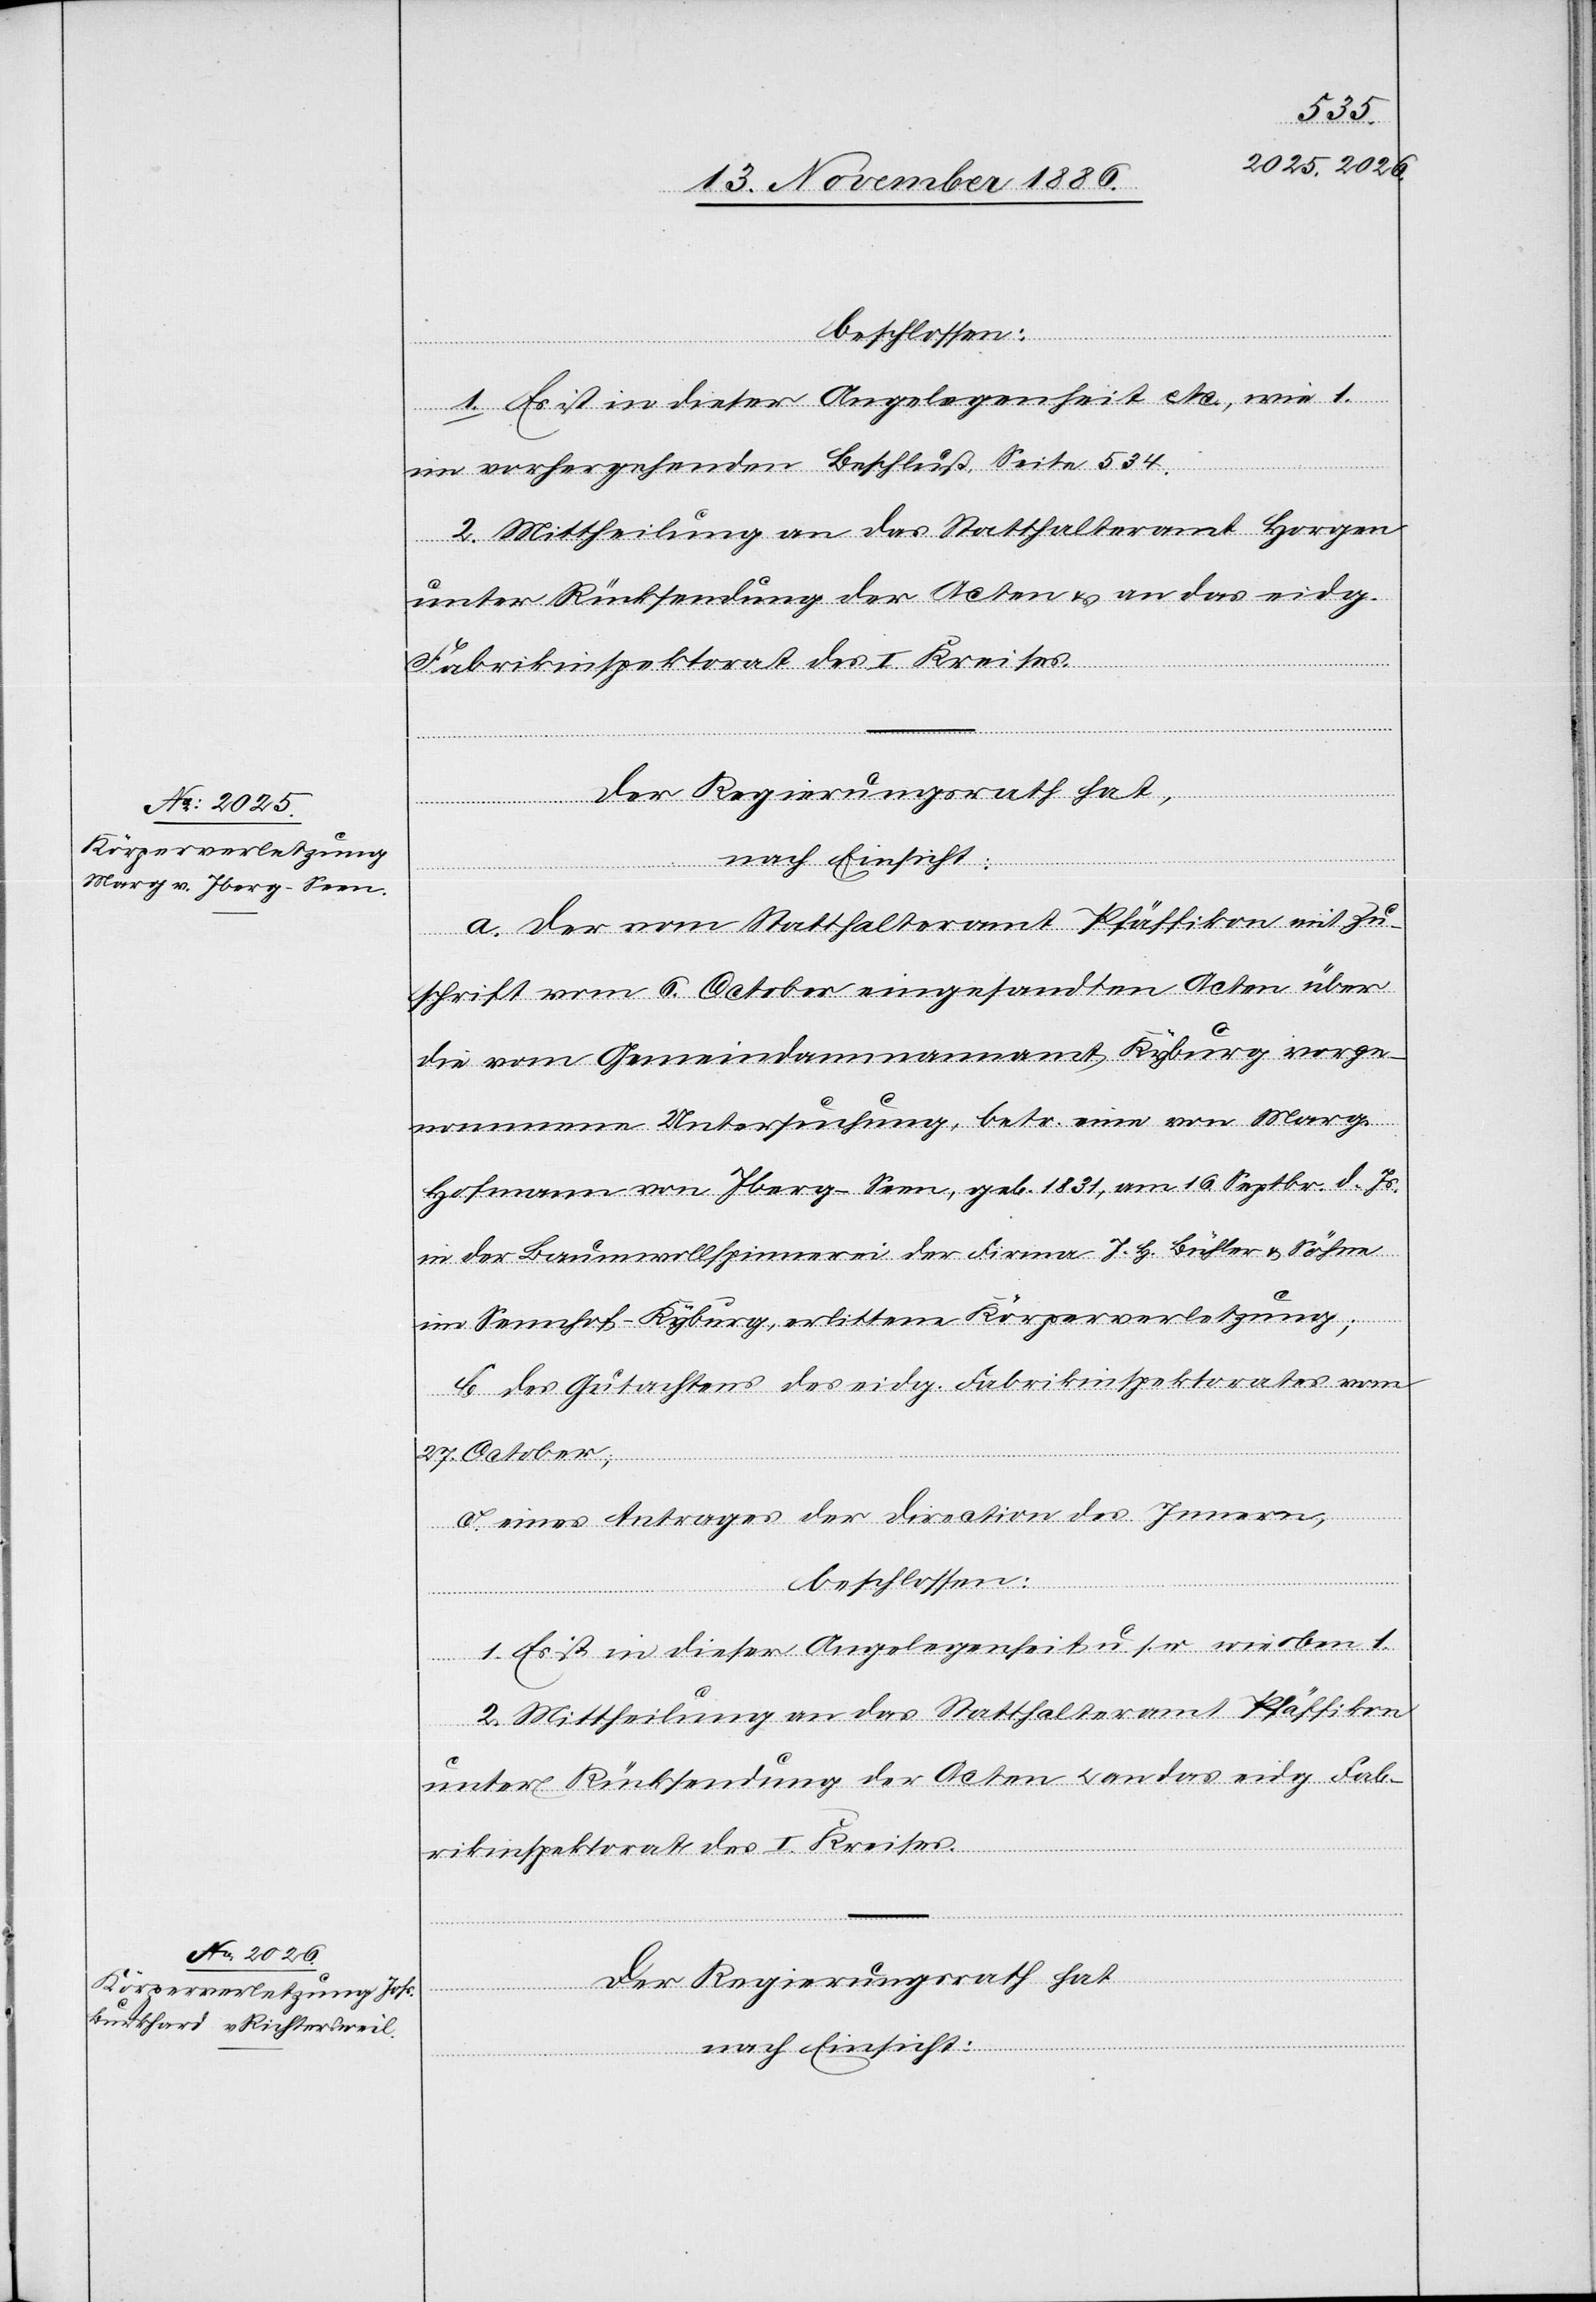
beschlossen:
1. Es ist in dieser Angelegenheit etc., wie 1.
im vorhergehenden Beschluß, Seite 534.
2. Mittheilung an das Statthalteramt Horgen
unter Rücksendung der Acten & an das eidg.
Fabrikinspektorat des I. Kreises.
Der Regierungsrath hat,
nach Einsicht:
a. der vom Statthalteramt Pfäffikon mit Zu¬
schrift vom 6. October eingesandten Acten über
die vom Gemeindammannamte Kyburg vorge¬
nommene Untersuchung, betr. eine von Marg.
Hofmann von Iberg - Seen, geb. 1831, am 16. Septbr. d. Js.
in der Baumwollspinnerei der Firma J. H. Bühler & Söhne
im Sennhof - Kyburg, erlittene Körperverletzung;
b. des Gutachtens des eidg. Fabrikinspektorates vom
27. October;
c. eines Antrages der Direction des Innern,
beschlossen:
1. Es ist in dieser Angelegenheit u. s. w. wie oben 1.
2. Mittheilung an das Statthalteramt Pfäffikon
unter Rücksendung der Acten & an das eidg. Fab¬
rikinspektorat des I. Kreises.
Der Regierungsrath hat
nach Einsicht: